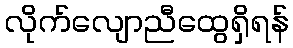
လိုက်လျောညီထွေရှိရန်